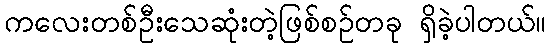
ကလေးတစ်ဦးသေဆုံးတဲ့ဖြစ်စဉ်တခု ရှိခဲ့ပါတယ်။